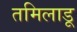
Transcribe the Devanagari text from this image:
तमिलाडू